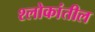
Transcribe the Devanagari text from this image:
श्लोकांतील